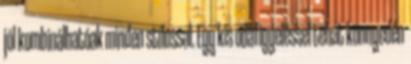
jól kombinálhatóak minden stílussal. Egy kis odafigyeléssel tehát könnyedén